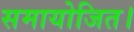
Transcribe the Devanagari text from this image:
समायोजित।